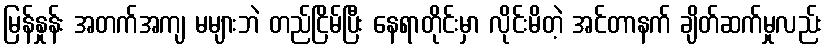
မြန်နှုန်း အတက်အကျ မများဘဲ တည်ငြိမ်ပြီး နေရာတိုင်းမှာ လိုင်းမိတဲ့ အင်တာနက် ချိတ်ဆက်မှုလည်း